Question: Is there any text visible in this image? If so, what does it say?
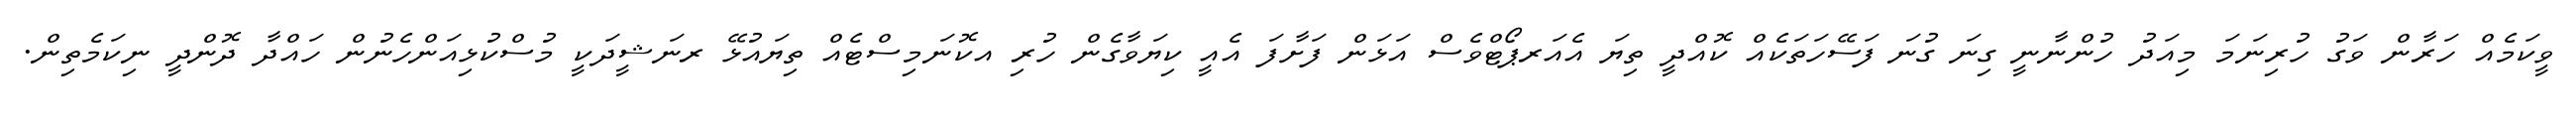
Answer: ވީކަމެއް ހަރާން ވަގު ހުރިނަމަ މިއަދު ހުންނާނީ ގިނަ ގުނަ ފަސޭހަތަކެއް ކޮއްދީ ތިޔަ އެއަރޕޯޓްވެސް އަޅަން ފަށާފަ އެއީ ކިޔަވާގެން ހުރި އކޮނަމިސްޓެއް ތިޔައުޅޭ ރނަޝީދަކީ މުސްކުޅިއަންހެނުން ހައްދާ ދޮންދީ ނިކަމެތިން.